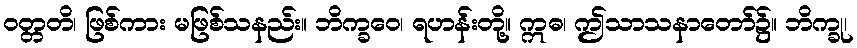
ဝတ္တတိ၊ ဖြစ်ကား မဖြစ်သနည်း။ ဘိက္ခဝေ၊ ရဟန်းတို့။ ဣဓ၊ ဤသာသနာတော်၌။ ဘိက္ခု၊